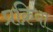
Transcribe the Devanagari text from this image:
प्रक्रिया